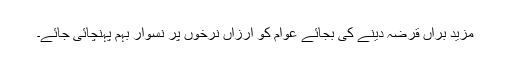
مزید براں قرضہ دینے کی بجائے عوام کو ارزاں نرخوں پر نسوار بہم پہنچائی جائے۔